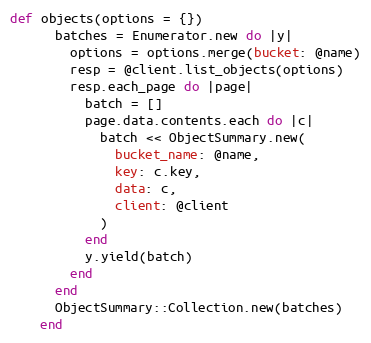
Language: Ruby
def objects(options = {})
      batches = Enumerator.new do |y|
        options = options.merge(bucket: @name)
        resp = @client.list_objects(options)
        resp.each_page do |page|
          batch = []
          page.data.contents.each do |c|
            batch << ObjectSummary.new(
              bucket_name: @name,
              key: c.key,
              data: c,
              client: @client
            )
          end
          y.yield(batch)
        end
      end
      ObjectSummary::Collection.new(batches)
    end